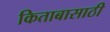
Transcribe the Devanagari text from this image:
किताबासाठी